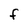
Character: F